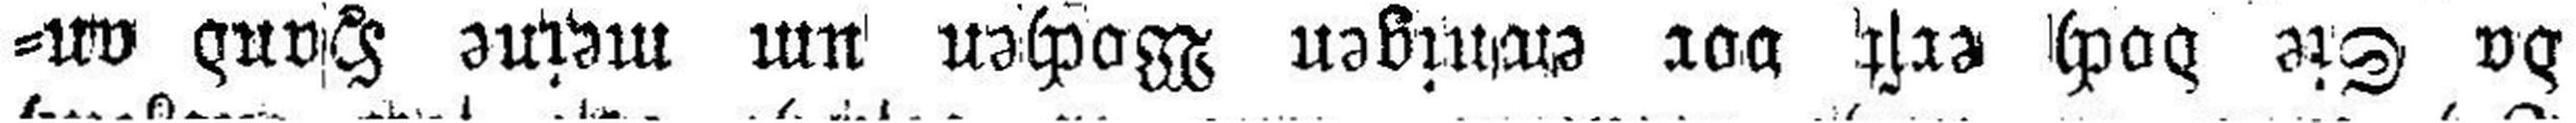
da Sie doch erst vor ewnigen Wochen um meine Hand an¬